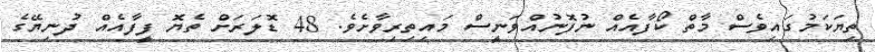
ތިޔަކަމުގައިވެސް މާތް ކޯފާއެެެއް ނުފޮނުއްވަނީސް މައިތިރިވާށެވެ. 48 ޑޮލަރަށް ތެޔޮ ފީފާއެއް ދުނިޔޭގެ